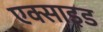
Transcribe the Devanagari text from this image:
एक्साइड